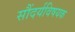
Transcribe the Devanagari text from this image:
सौंदर्यविषयक